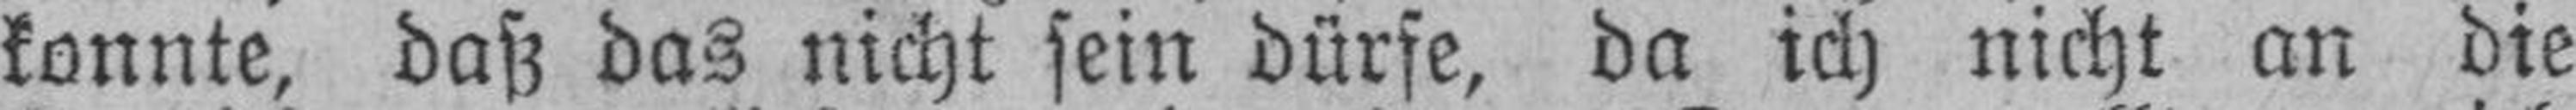
konnte, daß das nicht sein dürfe, da ich nicht an die